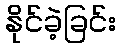
နိုင်ခဲ့ခြင်း